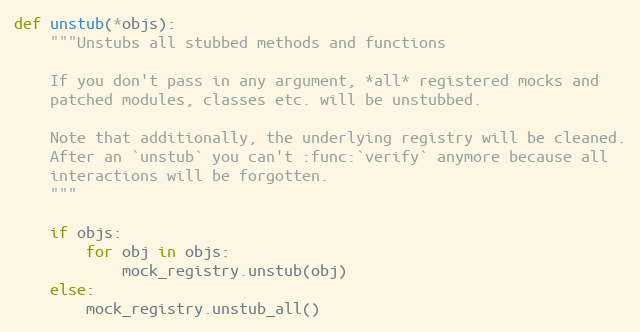
Language: Python
def unstub(*objs):
    """Unstubs all stubbed methods and functions

    If you don't pass in any argument, *all* registered mocks and
    patched modules, classes etc. will be unstubbed.

    Note that additionally, the underlying registry will be cleaned.
    After an `unstub` you can't :func:`verify` anymore because all
    interactions will be forgotten.
    """

    if objs:
        for obj in objs:
            mock_registry.unstub(obj)
    else:
        mock_registry.unstub_all()